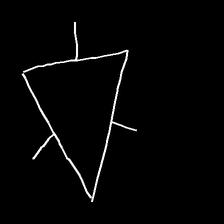
Glyph: fire